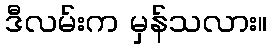
ဒီလမ်းက မှန်သလား။